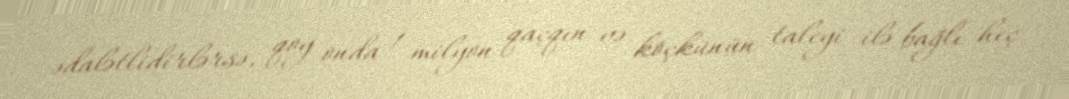
ədalətlidirlərsə, qoy onda 1 milyon qaçqın və köçkünün taleyi ilə bağlı heç